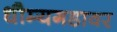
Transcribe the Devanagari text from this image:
धौम्यगडावर